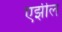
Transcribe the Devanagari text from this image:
एझील